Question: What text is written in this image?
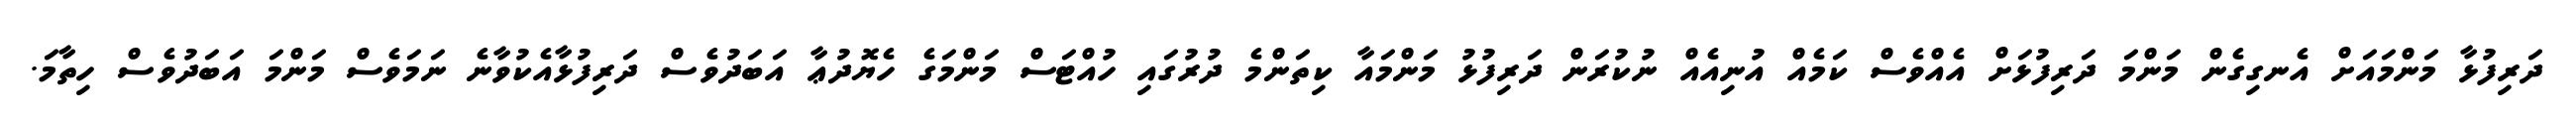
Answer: ދަރިފުޅާ މަންމައަށް އެނގިގެން މަންމަ ދަރިފުޅަށް އެއްވެސް ކަމެއް އުނިއެއް ނުކުރަން ދަރިފުޅު މަންމައާ ކިތަންމެ ދުރުގައި ހުއްޓަސް މަންމަގެ ހެޔޮދުޢާ އަބަދުވެސް ދަރިފުޅާއެކުވާނެ ނަމަވެސް މަންމަ އަބަދުވެސް ހިތާމަ.